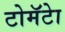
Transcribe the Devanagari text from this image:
टोमॅटेा